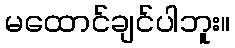
မထောင်ချင်ပါဘူး။